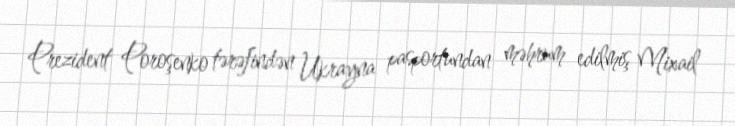
Prezident Poroşenko tərəfindən Ukrayna pasportundan məhrum edilmiş Mixail